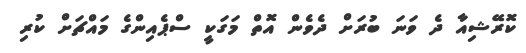
ކޮރޭޝިއާ ދެ ވަނަ ބުރަށް ދެވެން އޮތް މަގަކީ ސްޕެއިންގެ މައްޗަށް ކުރި